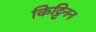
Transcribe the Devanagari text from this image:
किट्टिनन